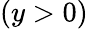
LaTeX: (y>0)